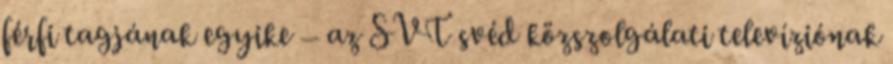
férfi tagjának egyike – az SVT svéd közszolgálati televíziónak